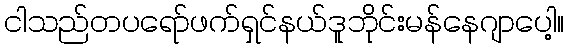
ငါသည်တပရော်ဖက်ရှင်နယ်ဒူဘိုင်းမန်နေဂျာပေါ့။